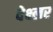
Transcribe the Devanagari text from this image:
वेक्ष्लर